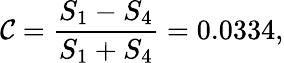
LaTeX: \mathcal{C}=\frac{{S_{1}-S_{4}}}{{S_{1}+S_{4}}}=0.0334,